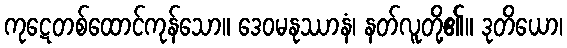
ကုဋေတစ်ထောင်ကုန်သော။ ဒေဝမနုဿာနံ၊ နတ်လူတို့၏။ ဒုတိယော၊